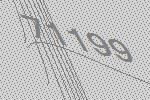
71199